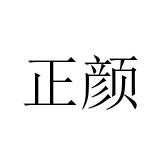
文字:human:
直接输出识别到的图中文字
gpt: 正颜